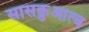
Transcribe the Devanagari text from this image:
सासक़ुआत्च